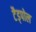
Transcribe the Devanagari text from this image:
टैड्पोल